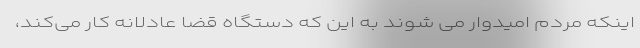
اینکه مردم امیدوار می شوند به این که دستگاه قضا عادلانه کار می‌کند،